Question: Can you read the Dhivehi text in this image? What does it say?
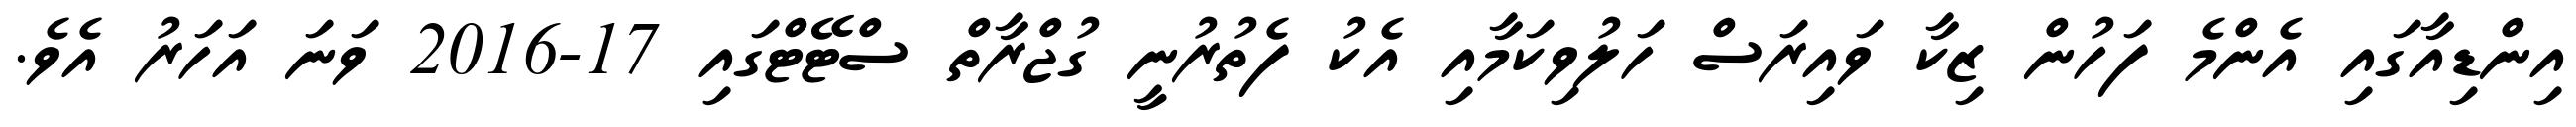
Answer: އިންޑިއާގައި އެންމެ ފަހުން ޒިކާ ވައިރަސް ހަލުވިކަމާއި އެކު ފެތުރުނީ ގުޖްރާތް ސްޓޭޓްގައި 17-2016 ވަނަ އަހަރު އެވެ.